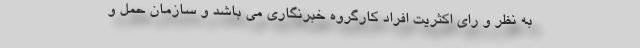
به نظر و رای اکثریت افراد کارگروه خبرنگاری می باشد و سازمان حمل و